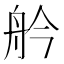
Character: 䑤